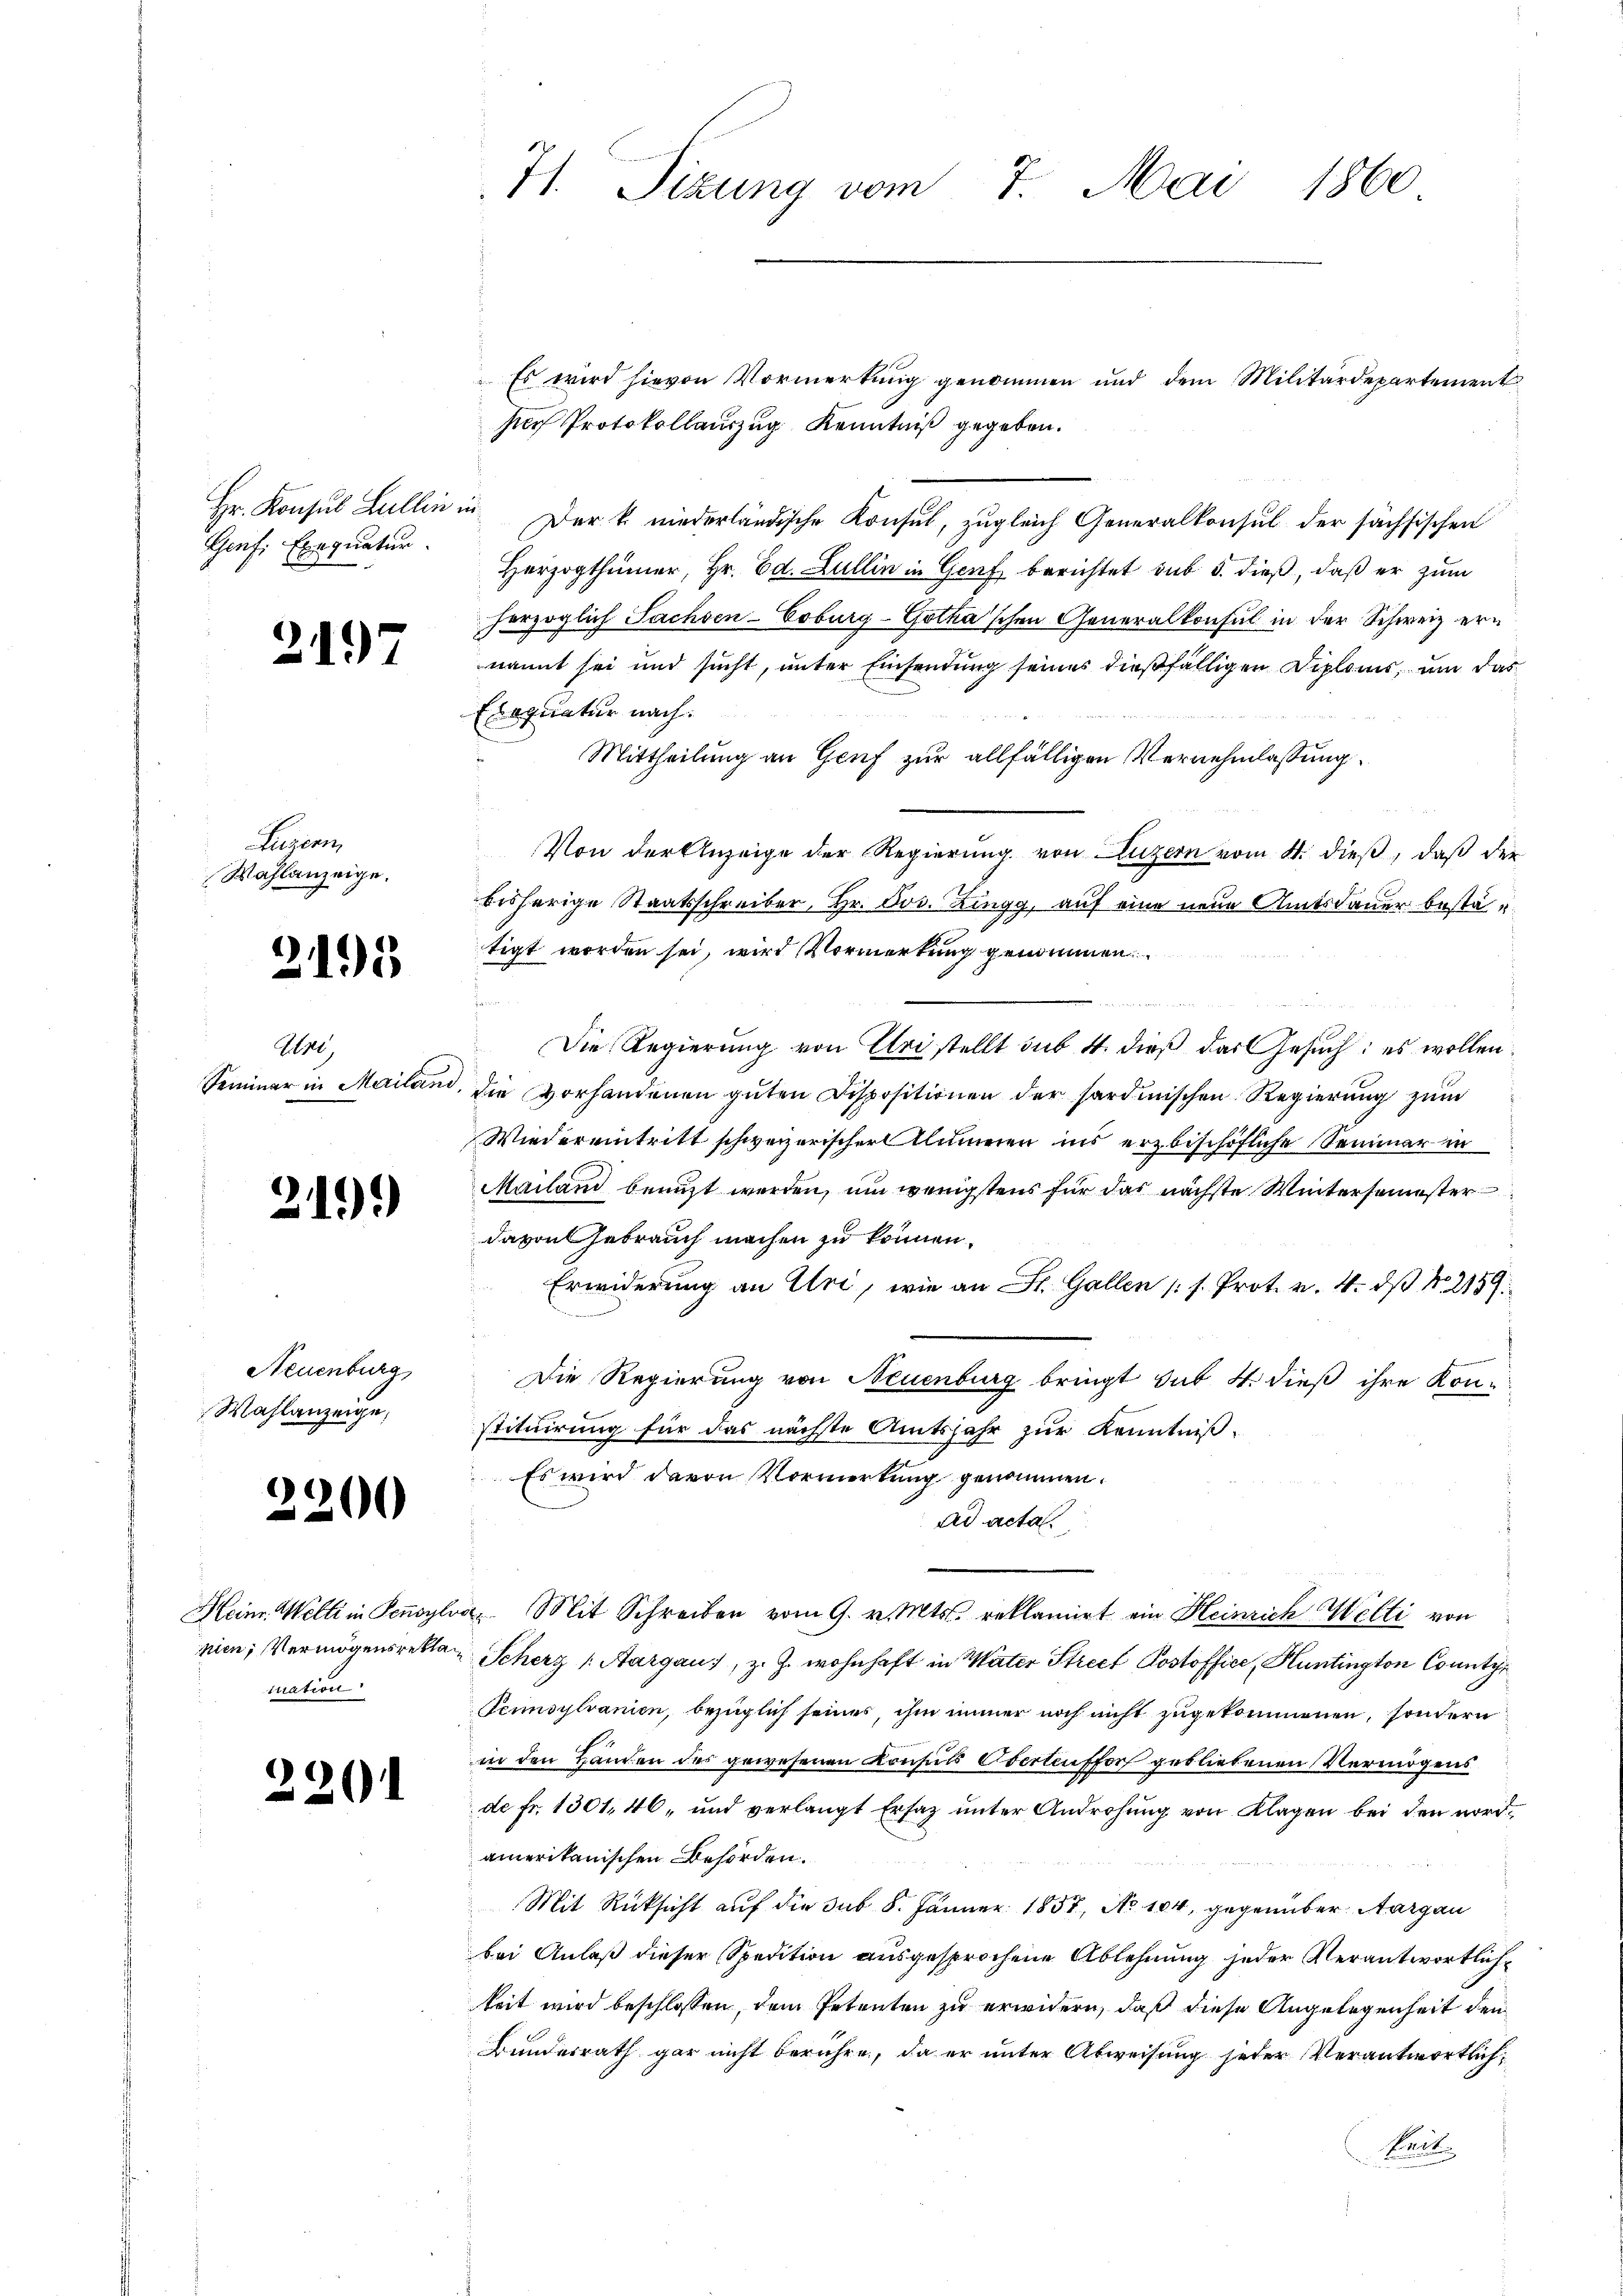
Genf Exequatur.

217

Luzern
Wahlanzeige.

2195

Wol,

219)

Neuenburg
Wahlanzeige,

2200

nien, Vermögensreklaination

2201

H Sizung vom 7. Mai 1860

Es wird hievon Vormerkung genommen und dem Militärdepartement
sorf Protokollauszug Kenntniß gegeben.
Hr. Konsul Lullin in Der k. niederländische Konsul, zugleich Generalkonsul der sächsischen
Herzogthümer, Hr. Ed. Lullin in Genf berichtet sub 5. dieß, daß er zum
herzoglich Sachsen-Coburg-Gotha'schen Generalkonsul in der Schweiz ernannt sei und sucht, unter Einsendung seines dießfälligen Diploms, um das
Exequatur nach
Mittheilung an Genf zur allfälligen Vernehmlassung
Von der Anzeige der Regierung von Luzern vom 4. dieß, daß der
bisherige Staatsschreiber, Hr. Jos. Zingg, auf eine neue Amtsdauer bestätigt worden sei, wird Vormerkung genommen
Die Regierung von Uri stellt sub. 4. dieß das Gesuch: es wollen.
Seminar in Mailand, die Vorhandenen gŭten Dispositionen der sardinischen Regierŭng zŭm
Wiedereintritt schweizerischer Numeren ins erzbischöfliche Seminar in
Mailand benuzt werden, um wenigstens für das nächste Wintersemester
davon Gebrauch machen zu können.
Erwiderung an Uri, wie an St. Gallen (s. Prot. v. 4. dβ No. 2159.
Die Regierung von Neuenburg bringt sub 4. dieß ihre Kon-
stituirung für das nächste Amtsjahr zur Kenntniß
Es wird davon Vormerkung genommen.
ad acta.
Heim. Welti in Pensylva. Mit Schreiben vom 9. v. Mts. reklamirt ein Heinrich Welti von
Scherz (Aargau, z. Z. wohnhaft in Mater Street Postoffice, Huntington County
Tennsylvanien, bezüglich seines, ihm immer noch nicht zugekommenen, sondern
in den Händen des gewesenen Konsuls Oberlensfort gebliebenen Vermögens
de Fr. 1301, 46, und verlangt Ersatz unter Androhung von Klagen bei den nordamerikanischen Behörden.
Mit Rücksicht auf die Sub 8. Jänner 1857, No 104, gegenüber Aargau
bei Anlaß dieser Spedition ausgesprochene Ablehnung jeder Verantwortlichkeit wird beschlossen, dem Petenten zu erwidern, daß diese Angelegenheit den
Bundesrath gar nicht berühre, da er unter Abweisung jeder Verantwortlich¬
Pact.